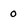
Character: 0